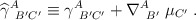
\begin{align*}{\widehat \gamma}_{\; \; B'C'}^{A} \equiv \gamma_{\; \; B'C'}^{A}+\nabla_{\; \; B'}^{A} \; \mu_{C'} \; .\end{align*}